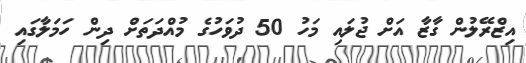
އިޒްރޭލުން ގާޒާ އަށް ޖުލައި މަހު 50 ދުވަހުގެ މުއްދަތަށް ދިން ހަމަލާގައި